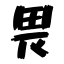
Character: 畏